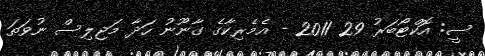
ސީ: އޮކްޓޯބަރު 29 2011 - އެމެރިކާގެ ގާނޫނު ހަދާ މަޖިލިސް ނުވަތަ